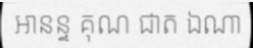
អានន្ទ គុណ ជាត ឯណា